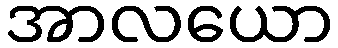
အာလယော